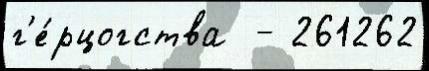
г'е́рцогства  - 261262